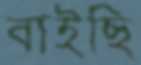
বাইছি